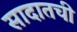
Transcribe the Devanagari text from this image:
सादातची